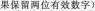
果保留两位有效数字)